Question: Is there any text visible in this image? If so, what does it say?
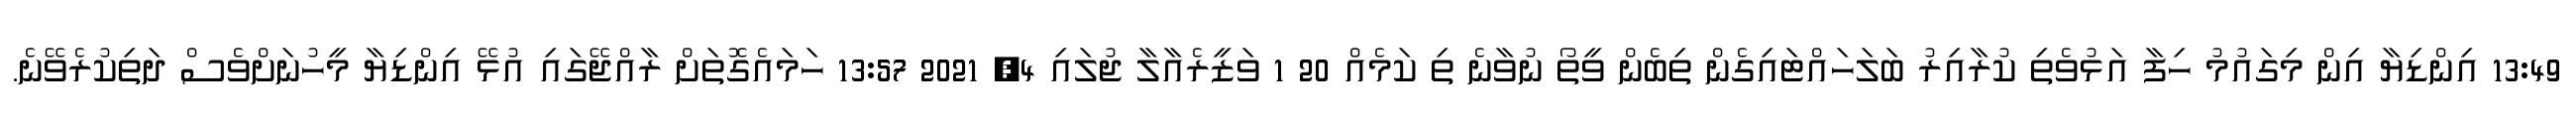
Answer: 13:49 އިންޑިޔާ އިން މިގައުމު ހިފާ އަޅުވެތި ކުރާއިރު ބަލަހައްޓައިގެން ތިބެން ވީތޯ ނުވާނެ ތި ކަމެއް 20 1 ވަޒީރެއާލާ ޖުލައި 4, 2021 13:57 ހަމައެގޮތަށް ރާއްޖޭގައި އުޅޭ އިންޑިޔާ މީހުނަށްވެސް ދަތިކުރެވޭނެ.